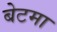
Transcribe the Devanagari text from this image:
बेटमा